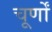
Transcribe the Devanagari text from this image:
चूर्णों